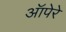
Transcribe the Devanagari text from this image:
ऑपेरे